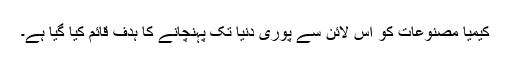
کیمیا مصنوعات کو اس لائن سے پوری دنیا تک پہنچانے کا ہدف قائم کیا گیا ہے۔